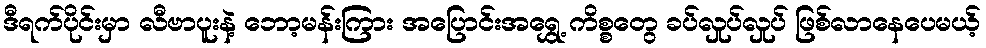
ဒီရက်ပိုင်းမှာ လီဗာပူးနဲ့ ဘော့မန်းကြား အပြောင်းအရွှေ့ ကိစ္စတွေ ခပ်လှုပ်လှုပ် ဖြစ်လာနေပေမယ့်